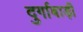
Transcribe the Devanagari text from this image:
दुर्गाबाड़ी